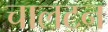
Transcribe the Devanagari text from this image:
चालटन